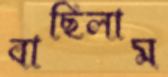
বাছিলাম